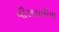
વીસડાલીયા